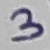
Text: 3